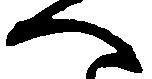
へ